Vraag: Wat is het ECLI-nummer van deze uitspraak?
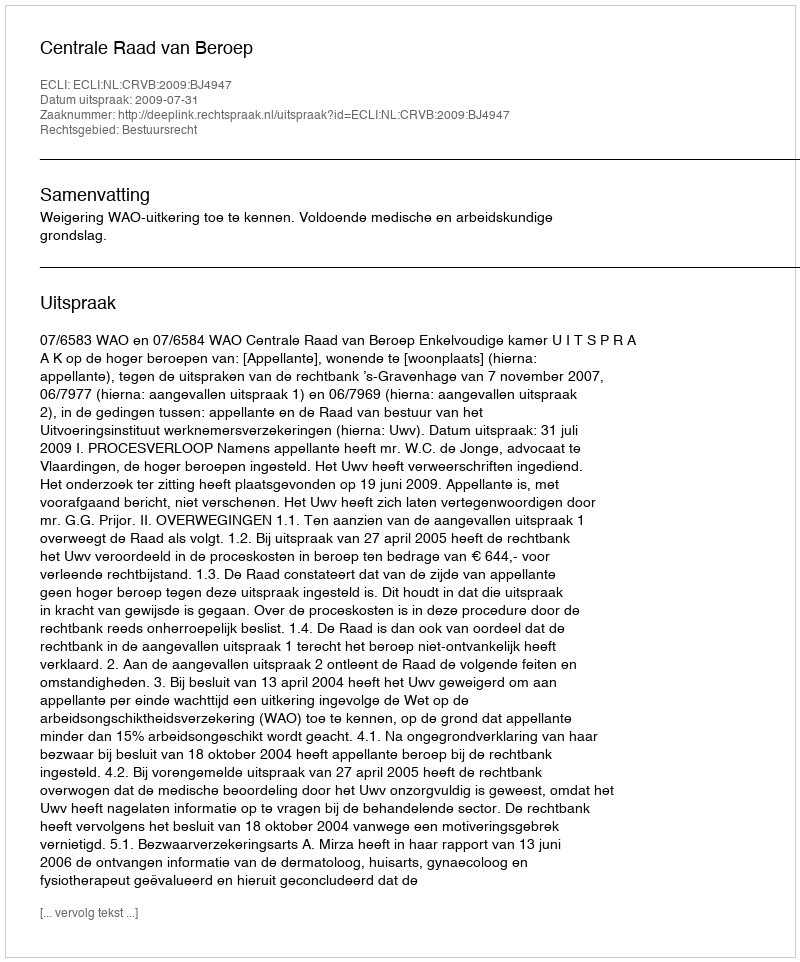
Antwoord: ECLI:NL:CRVB:2009:BJ4947